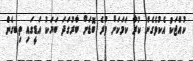
ކުއްޖަކު އެކުވެގެން ކުރާ ކަމަކަށް ވުރެ ބޮޑަށް ބާރުގަދަ ބަޔަކު އަޑީގައި ތިބގެނެް